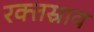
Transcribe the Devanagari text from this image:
रक्‍तस्राव